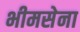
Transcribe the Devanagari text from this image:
भीमसेना